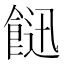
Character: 䭀